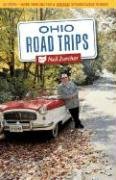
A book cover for Ohio Road Trips: 52 Trips--more Than 500 Fun and Unusual Getaway Ideas in Ohio!; Neil Zurcher; Travel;